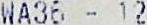
WA36 - 12